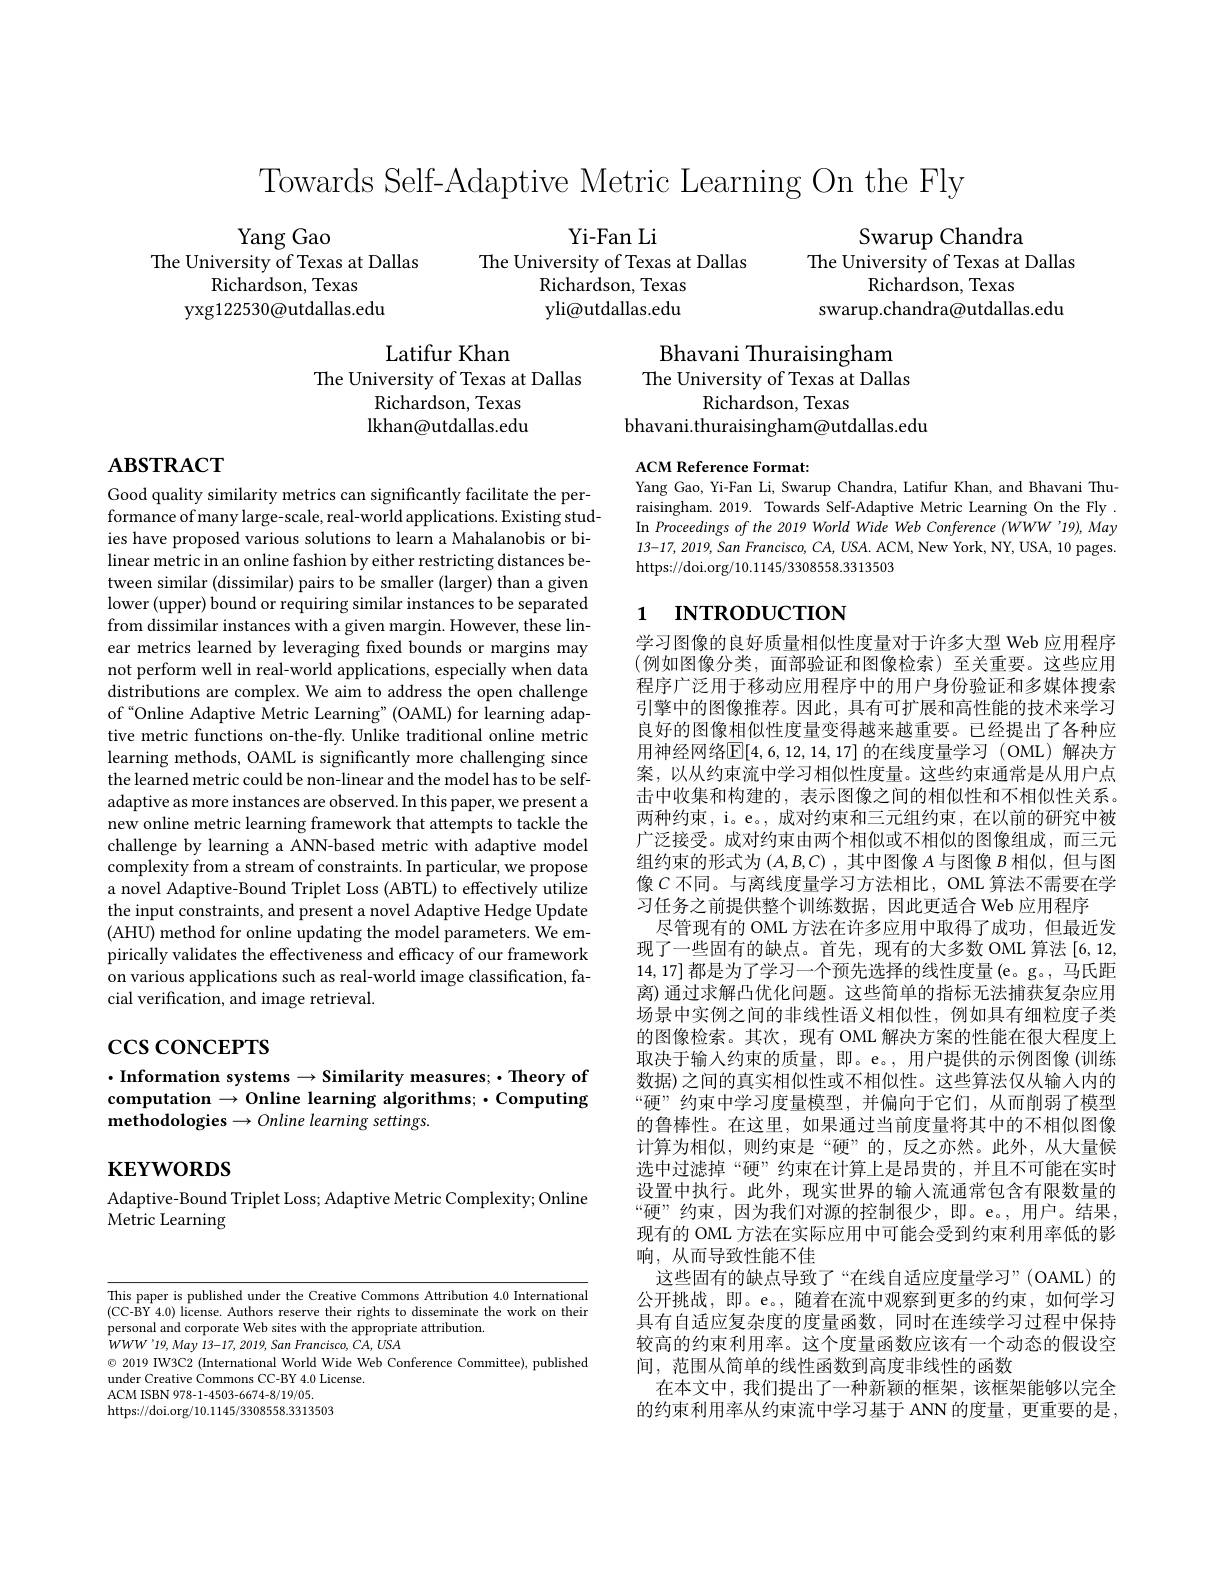
Towards Self-Adaptive Metric Learning On the Fly

Yi-Fan Li
The University of Texas at Dallas
Richardson, Texas yli@utdallas.edu

Yang Gao
The University of Texas at Dallas
Richardson, Texas
yxg122530@utdallas.edu

Swarup Chandra
The University of Texas at Dallas
Richardson, Texas
swarup.chandra@utdallas.edu

Latifur Khan
The University of Texas at Dallas
Richardson, Texas lkhan@utdallas.edu

Bhavani Thuraisingham The University of Texas at Dallas
Richardson, Texas
bhavani.thuraisingham@utdallas.edu

# $\mathbf{ABSTRACT}$

ACM Reference Format:
Yang Gao, Yi-Fan Li, Swarup Chandra, Latifur Khan, and Bhavani Thuraisingham. 2019. Towards Self-Adaptive Metric Learning On the Fly In Proceedings of the 2019 World Wide Web Conference (WWW'19),May $13-17,2019,San$ Francisco, CA, USA. ACM, New York, NY, USA, 10 pages. https://doi.org/10.1145/3308558.3313503

# 1 INTRODUCTION

Good quality similarity metrics can significantly facilitate the per- $\hat{\text{formance of many large-scale, real-world applications. Existing stud-}}$ ies have proposed various solutions to learn a Mahalanobis or bilinear metric in an online fashion by either restricting distances between similar (dissimilar) pairs to be smaller (larger) than a given lower (upper) bound or requiring similar instances to be separated from dissimilar instances with a given margin. However, these linear metrics learned by leveraging fixed bounds or margins may not perform well in real-world applications, especially when data distributions are complex. We aim to address the open challenge of“Online Adaptive Metric Learning”(OAML) for learning adaptive metric functions on-the-fly. Unlike traditional online metric learning methods, OAML is significantly more challenging since the learned metric could be non-linear and the model has to be selfadaptive as more instances are observed. In this paper, we present a new online metric learning framework that attempts to tackle the challenge by learning a ANN-based metric with adaptive model complexity from a stream of constraints. In particular, we propose a novel Adaptive-Bound Triplet Loss (ABTL) to effectively utilize the input constraints, and present a novel Adaptive Hedge Update (AHU) method for online updating the model parameters. We empirically validates the effectiveness and efficacy of our framework on various applications such as real-world image classification, facial verification, and image retrieval.

学习图像的良好质量相似性度量对于许多大型 Web 应用程序(例如图像分类，面部验证和图像检索)至关重要。这些应用程序广泛用于移动应用程序中的用户身份验证和多媒体搜索引擎中的图像推荐。因此，具有可扩展和高性能的技术来学习良好的图像相似性度量变得越来越重要。已经提出了各种应用神经网络$\mathbb{E}[4,6,12,14,17]$ 的在线度量学习 (OML)解决方案，以从约束流中学习相似性度量。这些约束通常是从用户点击中收集和构建的，表示图像之间的相似性和不相似性关系。两种约束，i。e。, 成对约束和三元组约束，在以前的研究中被广泛接受。成对约束由两个相似或不相似的图像组成，而三元组约束的形式为$( A, B, C)$ ,其中图像$A$与图像$B$相似，但与图像$C$ 不同。与离线度量学习方法相比，OML 算法不需要在学习任务之前提供整个训练数据，因此更适合 Web 应用程序
尽管现有的 OML 方法在许多应用中取得了成功，但最近发现了一些固有的缺点。首先，现有的大多数 OML 算法 [6,12, 14,17]都是为了学习一个预先选择的线性度量 (e。g。, 马氏距离) 通过求解凸优化问题。这些简单的指标无法捕获复杂应用场景中实例之间的非线性语义相似性，例如具有细粒度子类的图像检索。其次，现有 OML 解决方案的性能在很大程度上取决于输入约束的质量，即。e。, 用户提供的示例图像 (训练数据) 之间的真实相似性或不相似性。这些算法仅从输入内的“硬”约束中学习度量模型，并偏向于它们，从而削弱了模型的鲁棒性。在这里，如果通过当前度量将其中的不相似图像计算为相似，则约束是“硬”的，反之亦然。此外，从大量候选中过滤掉“硬”约束在计算上是昂贵的，并且不可能在实时设置中执行。此外，现实世界的输人流通常包含有限数量的“硬”约束，因为我们对源的控制很少，即。e。,用户。结果现有的 OML 方法在实际应用中可能会受到约束利用率低的影响，从而导致性能不佳
这些固有的缺点导致了“在线自适应度量学习”(OAML)的公开挑战，即。e。,随着在流中观察到更多的约束，如何学习具有自适应复杂度的度量函数，同时在连续学习过程中保持较高的约束利用率。这个度量函数应该有一个动态的假设空间，范围从简单的线性函数到高度非线性的函数
在本文中，我们提出了一种新颖的框架，该框架能够以完全的约束利用率从约束流中学习基于 ANN 的度量，更重要的是，

# $\csc\cos$coNCEPTS

## $\cdot$Information systems$\to$Similarity measures;$\cdot$Theory of computation $\to$Online learning algorithms; $\cdot$Computing methodologies $\to Online$ learning settings.

$\mathbf{KEYWORDS}$

Adaptive-Bound Triplet Loss; Adaptive Metric Complexity; Online
Metric Learning

This paper is published under the Creative Commons Attribution 4.0 International (CC-BY 4.0) license. Authors reserve their rights to disseminate the work on their personal and corporate Web sites with the appropriate attribution.
$WWW^{\prime}19,May13-17,2019,SanFrancisco,CA,USA$
$\odot$ 2019 IW3C2 (International World Wide Web Conference Committee), published
under Creative Commons CC-BY 4.0 License.
ACM ISBN 978- 1- 4503- 6674- 8/ 19/ 05.
https://doi.org/10.1145/3308558.3313503